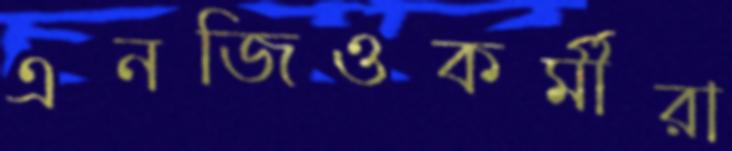
এনজিওকর্মীরা